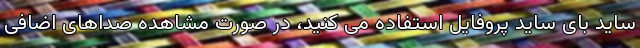
ساید بای ساید پروفایل استفاده می کنید، در صورت مشاهده صداهای اضافی